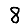
Digit: 8